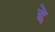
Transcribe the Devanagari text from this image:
द्दे